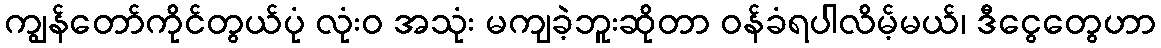
ကျွန်တော်ကိုင်တွယ်ပုံ လုံးဝ အသုံး မကျခဲ့ဘူးဆိုတာ ဝန်ခံရပါလိမ့်မယ်၊ ဒီငွေတွေဟာ